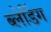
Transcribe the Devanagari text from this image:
ब्लेडिंग